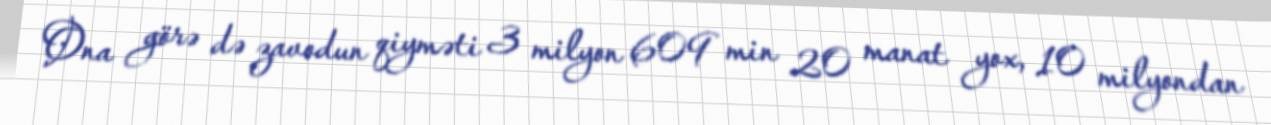
Ona görə də zavodun qiyməti 3 milyon 609 min 20 manat yox, 10 milyondan